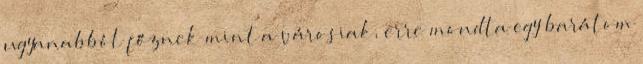
ugyanabból főznek mint a városiak, erre mondta egy barátom